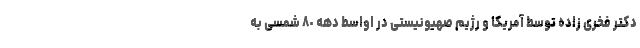
دکتر فخری زاده توسط آمریکا و رژیم صهیونیستی در اواسط دهه ٨٠ شمسی به